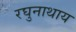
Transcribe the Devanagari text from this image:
रघुनाथाय